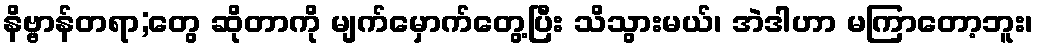
နိဗ္ဗာန်တရာ;တွေ ဆိုတာကို မျက်မှောက်တွေ့ပြီး သိသွားမယ်၊ အဲဒါဟာ မကြာတော့ဘူး၊